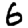
Digit: 6